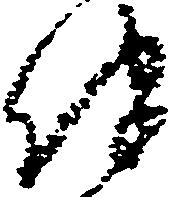
伴